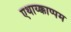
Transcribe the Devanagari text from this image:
एथाय्क्काप्पम